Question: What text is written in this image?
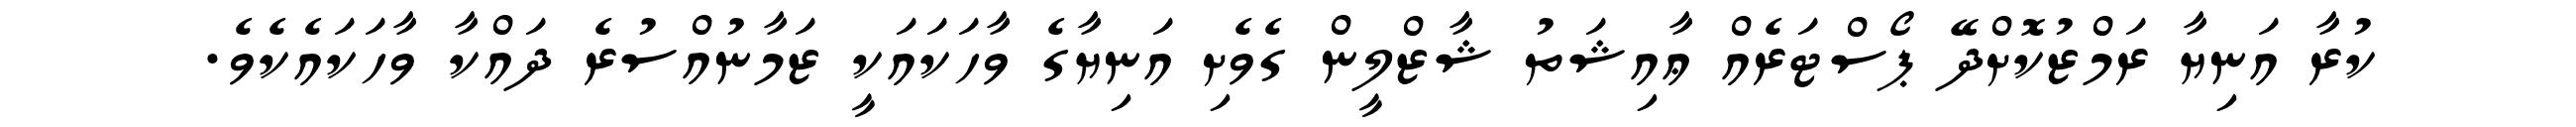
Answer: ކުރާ އަނިޔާ ރަމްޒުކޮށްދޭ ޕޯސްޓަރެއް ޢާއިޝަތު ޝާޒްލީން ގެވެށި އަނިޔާގެ ވާހަކައަކީ ޒަމާނުއްސުރެ ދައްކާ ވާހަކައެކެވެ.